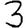
Digit: 3